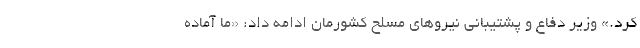
کرد.» وزیر دفاع و پشتیبانی نیروهای مسلح کشورمان ادامه داد: «ما آماده